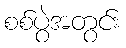
စစ်ပွဲအတွင်း